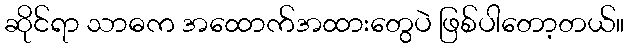
ဆိုင်ရာ သာဓက အထောက်အထားတွေပဲ ဖြစ်ပါတော့တယ်။